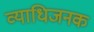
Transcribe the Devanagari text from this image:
व्‍याधिजनक